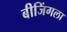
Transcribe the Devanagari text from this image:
बीजिंगला